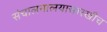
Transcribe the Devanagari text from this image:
संचालनालयासारखीच